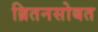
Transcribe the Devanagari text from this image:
ब्रितनसोबत